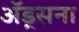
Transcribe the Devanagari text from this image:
अॅड्सना